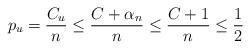
LaTeX: \begin{align*}p_u = \frac{C_u}{n} \leq \frac{C+\alpha_n}{n} \leq \frac{C+1}{n} \leq \frac{1}{2}\end{align*}